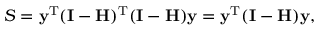
S = \mathbf { y } ^ { \mathrm { { T } } } ( \mathbf { I } - \mathbf { H } ) ^ { \mathrm { { T } } } ( \mathbf { I } - \mathbf { H } ) \mathbf { y } = \mathbf { y } ^ { \mathrm { { T } } } ( \mathbf { I } - \mathbf { H } ) \mathbf { y } ,